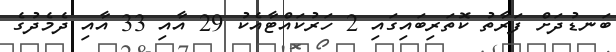
ބަނޑުދަށް ފަރާތު ކޮތަރިބައިގައި 2 ހަރުކައްޓާއެކު 29 އާއި 33 އާއި ދެމެދުގެ